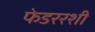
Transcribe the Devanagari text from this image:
फेडररशी